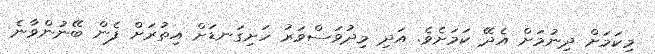
މިކަމަށް ދިނުމަށް އެދޭ ކަމަށެވެ. އަދި މިދުވަސްވަރު ހަށިގަނޑަށް އިތުރަށް ފެން ބޭނުންވާނެ